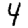
Digit: 4